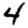
Digit: 4